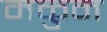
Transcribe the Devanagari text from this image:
मकुन